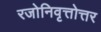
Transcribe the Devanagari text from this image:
रजोनिवृत्तोत्तर